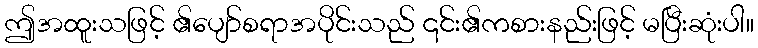
ဤအထူးသဖြင့် ၏ပျော်စရာအပိုင်းသည် ၎င်း၏ကစားနည်းဖြင့် မပြီးဆုံးပါ။